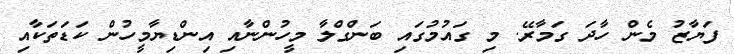
ފަޔާޒު މެން ހާދަ ގަމާރޭ. މި ގައުމުގައި ބަންގްލާ މީހުންނާއި އިންޑިޔާމީހުން ކަޑަތަކާއި